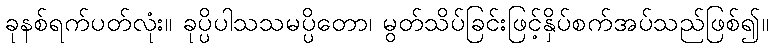
ခုနစ်ရက်ပတ်လုံး။ ခုပ္ပိပါသသမပ္ပိတော၊ မွတ်သိပ်ခြင်းဖြင့်နှိပ်စက်အပ်သည်ဖြစ်၍။